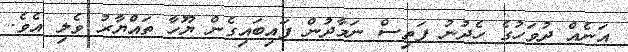
އަނެއް ދުވަހުގެ ހެދުނު ފަތިސް ނަމާދުން ފައިބައިގެން ޔޫހާ ތައްޔާރު ވެލި އެވެ.